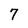
Character: 7